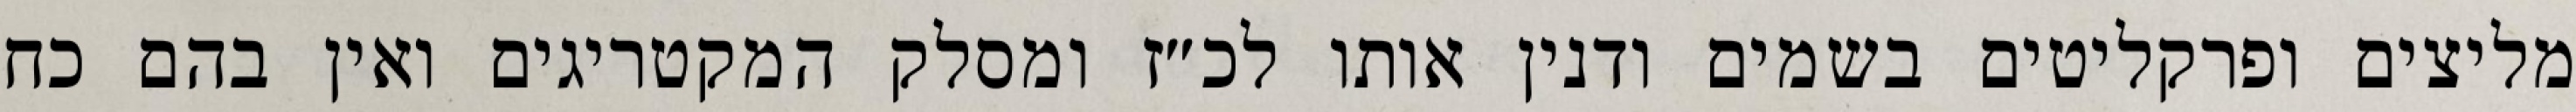
מליצים ופרקליטים בשמים ודנין אותו לכ״ז ומסלק המקטריגים ואין בהם כח